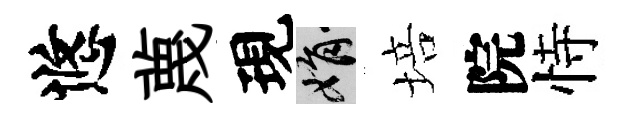
悠蔑現娟培院恃